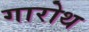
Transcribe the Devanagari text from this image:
गारोथ